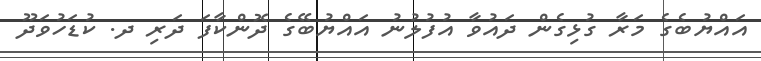
އައްޔުބެގެ މަރާ ގުޅިގެން ދައުވާ އުފުލުނު އައްޔުބޭގެ ދޮންކާފަ ދަރި ދ. ކުޑަހުވަދޫ